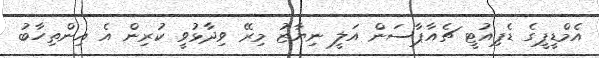
އެމްޑީޕީގެ ޑެޕިއުޓީ ޗެއާޕާސަން އަލީ ނިޔާޒު މިރޭ ވިދާޅުވީ ކުރިން އެ އިންތިހާބު